Leaving Certificate Examination (including Day School Certificate (Higher) General paper), 1935
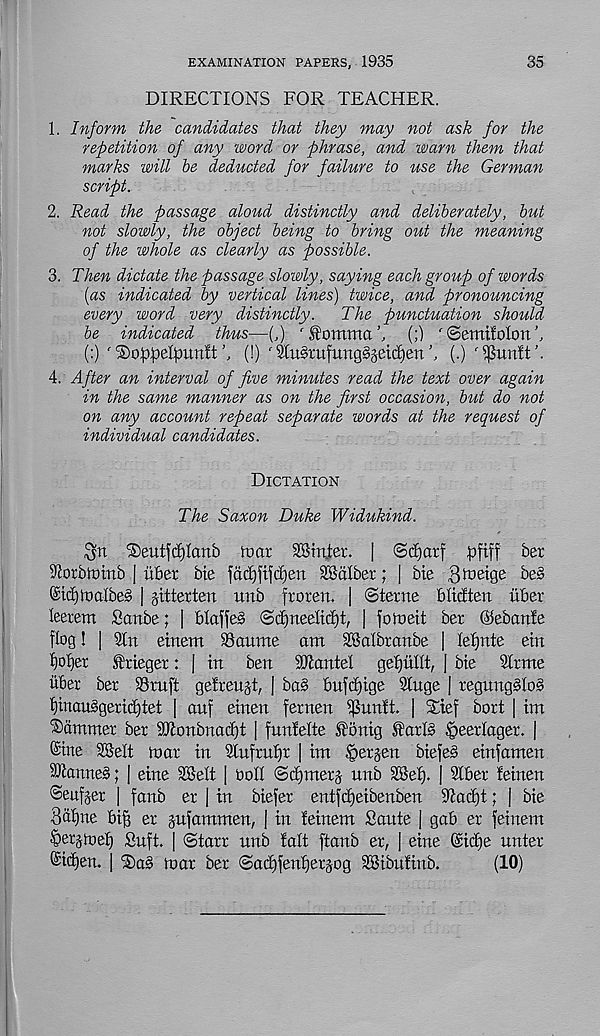
EXAMINATION PAPERS, 1935
35
DIRECTIONS FOR TEACHER.
1. Inform the candidates that they may not ask for the
repetition of any word or phrase, and warn them that
marks will be deducted for failure to use the German
script.
2. Read the passage aloud distinctly and deliberately, but
not slowly, the object being to bring out the meaning
of the whole as clearly as possible.
3. Then dictate the passage slowly, saying each group of words
[as indicated by vertical lines) twice, and pronouncing
every word very distinctly.
The punctuation should
be indicated thus—(,) ' fomma(;) ^ ©emifolon
(:) ' T)opi3eIpuu!t \ (!) ' StuStufungSgeicfyen(.)
4. After an interval of five minutes read the text over again
in the same manner as on the first occasion, but do not
on any account repeat separate words at the request of
individual candidates.
Dictation
The Saxon Duke Widukind.
$tx Deutftfjlonb tDor SBm.tet. | ©djarf pfiff ber
s J(orbimnb | iiber bie fadf)fijd)en SBdlber; | bte Btoeige be§
©td)it)albe§ | jitterten imb froren. | ©terne blicften itber
leerem Sartbe; | blaffeS ©d)neeltci)t, | joloeit ber ©ebanfe
flog! 1 3ln eittem SSaume am SBalbranbe | lefjnte ein
flower ftieger: | in ben Mantel geijullt, | bie 2irme
liber ber SSmft geireujt, | bas bufcf)ige Singe | regung§io§
i)inauggerid)tet | ouf einen fernen $unft. | Stef bort | im
Tdmmer ber 9Jionbnacf)t | funlelte to nig liorB §eerlager. |
©ine SSelt tnor in Siufruijr | im Bergen biefe§ einfamen
Cannes; | eine SKelt | Ooli ©dimerg- unb 25e£). | Slber feinen
Seufjer | fanb er | in biefer entfdjeibenben Siadjt; | bie
8&f)ne big er pfammen, | in feinem Sante | gab er feinern
^erpel) Suft. | ©tarr unb fait ftanb er, | eine ©icf)e unter
®id)en. | Sa§ mar ber ©ad)fenf)erpg SBibnfinb.
(10)